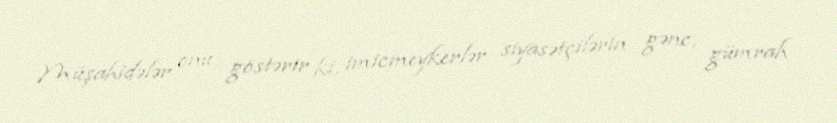
Müşahidələr onu göstərir ki, imicmeykerlər siyasətçilərin gənc, gümrah